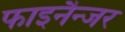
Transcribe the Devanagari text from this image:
फाइनैन्जर